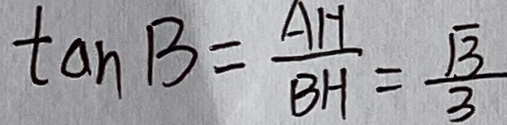
\tan B = \frac { A H } { B H } = \frac { \sqrt { 3 } } { 3 }